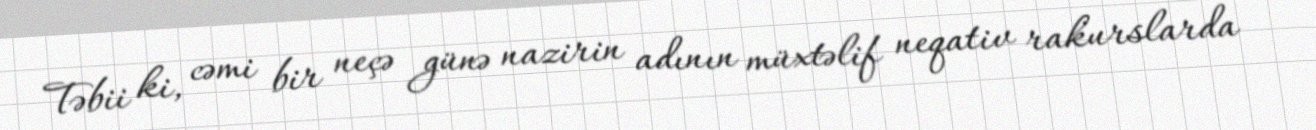
Təbii ki, cəmi bir neçə günə nazirin adının müxtəlif neqativ rakurslarda